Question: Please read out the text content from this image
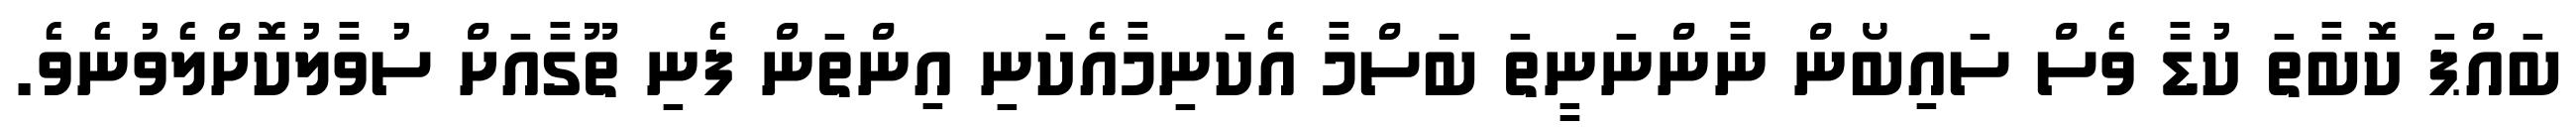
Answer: ބައްޕަ ކޮބާތަ ކުޑާ ވެސް ސައިބޯން ނާންނަނީތަ ބަސްމާ އެކަނިމާއެކަނި އިންތަން ފެނި ތޫގާއަށް ސުވާލުކޮށްލެވުނެވެ.